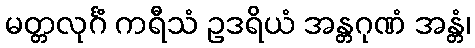
မတ္တလုင်္ဂံ ကရီသံ ဥဒရိယံ အန္တဂုဏံ အန္တံ၊